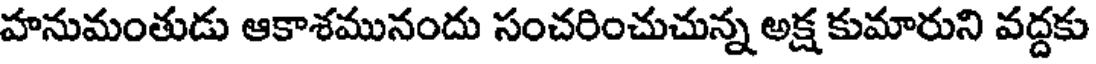
హనుమంతుడు ఆకాశమునందు సంచరించుచున్న అక్ష కుమారుని వద్దకు